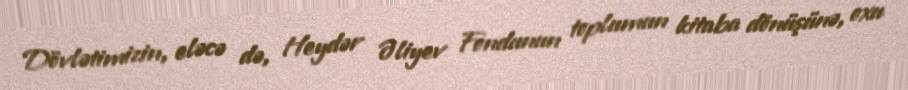
Dövlətimizin, eləcə də, Heydər Əliyev Fondunun toplumun kitaba dönüşünə, oxu